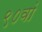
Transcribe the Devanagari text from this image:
९०वां